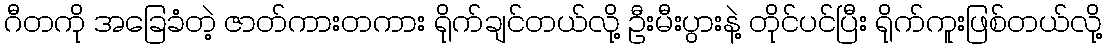
ဂီတကို အခြေခံတဲ့ ဇာတ်ကားတကား ရိုက်ချင်တယ်လို့ ဦးမီးပွားနဲ့ တိုင်ပင်ပြီး ရိုက်ကူးဖြစ်တယ်လို့